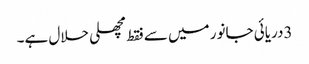
3دریائی جانور میں سے فقط مچھلی حلال ہے۔